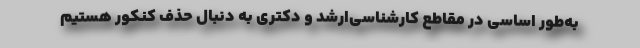
به‌طور اساسی در مقاطع کارشناسی‌ارشد و دکتری به دنبال حذف کنکور هستیم